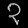
Digit: ၃